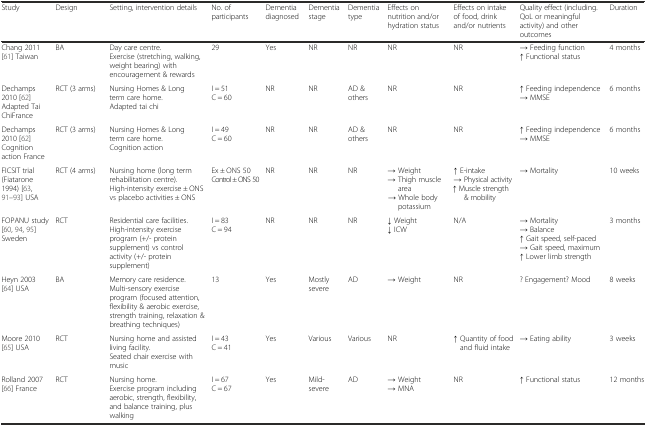
<table><thead><tr><td><b>Study</b></td><td><b>Design</b></td><td><b>Setting, intervention details</b></td><td><b>No. of participants</b></td><td><b>Dementia diagnosed</b></td><td><b>Dementia stage</b></td><td><b>Dementia type</b></td><td><b>Effects on nutrition and/or hydration status</b></td><td><b>Effects on intake of food, drink and/or nutrients</b></td><td><b>Quality effect (including. QoL or meaningful activity) and other outcomes</b></td><td><b>Duration</b></td></tr></thead><tbody><tr><td>Chang 2011 [61] Taiwan</td><td>BA</td><td>Day care centre.Exercise (stretching, walking, weight bearing) with encouragement &amp; rewards</td><td>29</td><td>Yes</td><td>NR</td><td>NR</td><td>NR</td><td>NR</td><td>→ Feeding function↑ Functional status</td><td>4 months</td></tr><tr><td>Dechamps 2010 [62] Adapted Tai ChiFrance</td><td>RCT (3 arms)</td><td>Nursing Homes &amp; Long term care home.Adapted tai chi</td><td>I = 51C = 60</td><td>NR</td><td>NR</td><td>AD &amp; others</td><td>NR</td><td>NR</td><td>↑ Feeding independence→ MMSE</td><td>6 months</td></tr><tr><td>Dechamps 2010 [62] Cognition action France</td><td>RCT (3 arms)</td><td>Nursing Homes &amp; Long term care home.Cognition action</td><td>I = 49C = 60</td><td>NR</td><td>NR</td><td>AD &amp; others</td><td>NR</td><td>NR</td><td>↑ Feeding independence→ MMSE</td><td>6 months</td></tr><tr><td>FICSIT trial (Fiatarone 1994) [63, 91–93] USA</td><td>RCT (4 arms)</td><td>Nursing home (long term rehabilitation centre).High-intensity exercise ± ONS vs placebo activities ± ONS</td><td>Ex ± ONS 50Control ± ONS 50</td><td>NR</td><td>NR</td><td>NR</td><td>→ Weight→ Thigh muscle area→ Whole body potassium</td><td>↑ E-intake→ Physical activity↑ Muscle strength &amp; mobility</td><td>→ Mortality</td><td>10 weeks</td></tr><tr><td>FOPANU study [60, 94, 95] Sweden</td><td>RCT</td><td>Residential care facilities.High-intensity exercise program (+/- protein supplement) vs control activity (+/- protein supplement)</td><td>I = 83C = 94</td><td>NR</td><td>NR</td><td>NR</td><td>↓ Weight↓ ICW</td><td>N/A</td><td>→ Mortality→ Balance↑ Gait speed, self-paced→ Gait speed, maximum↑ Lower limb strength</td><td>3 months</td></tr><tr><td>Heyn 2003 [64] USA</td><td>BA</td><td>Memory care residence.Multi-sensory exercise program (focused attention, flexibility &amp; aerobic exercise, strength training, relaxation &amp; breathing techniques)</td><td>13</td><td>Yes</td><td>Mostly severe</td><td>AD</td><td>→ Weight</td><td>NR</td><td>? Engagement? Mood</td><td>8 weeks</td></tr><tr><td>Moore 2010 [65] USA</td><td>RCT</td><td>Nursing home and assisted living facility.Seated chair exercise with music</td><td>I = 43C = 41</td><td>Yes</td><td>Various</td><td>Various</td><td>NR</td><td>↑ Quantity of food and fluid intake</td><td>→ Eating ability</td><td>3 weeks</td></tr><tr><td>Rolland 2007 [66] France</td><td>RCT</td><td>Nursing home.Exercise program including aerobic, strength, flexibility, and balance training, plus walking</td><td>I = 67C = 67</td><td>Yes</td><td>Mild-severe</td><td>AD</td><td>→ Weight→ MNA</td><td>NR</td><td>↑ Functional status</td><td>12 months</td></tr></tbody></table>